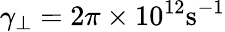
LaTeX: \gamma_{\perp}=2\pi\times 10^{12}\textrm{s}^{-1}